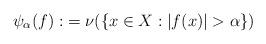
LaTeX: \begin{align*}\psi_\alpha(f):&= \nu(\{x\in X:|f(x)|>\alpha \})\end{align*}